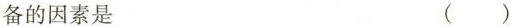
备的因素是 ( )